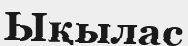
Ықылас